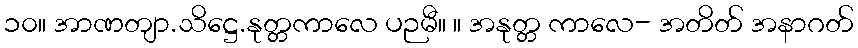
၁၀။ အာဏတျာ.သိဋ္ဌေ.နုတ္တကာလေ ပဉမီ။ ။ အနုတ္တ ကာလေ- အတိတ် အနာဂတ်